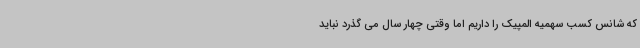
که شانس کسب سهمیه المپیک را داریم اما وقتی چهار سال می گذرد نباید